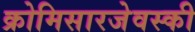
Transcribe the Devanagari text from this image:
क्रोमिसारजेवस्की